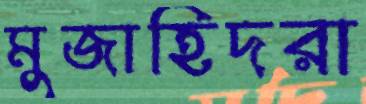
মুজাহিদরা